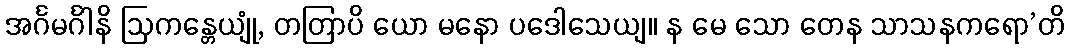
အင်္ဂမင်္ဂါနိ ဩကန္တေယျုံ, တတြာပိ ယော မနော ပဒေါသေယျ။ န မေ သော တေန သာသနကရော’တိ